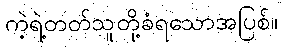
ကဲ့ရဲ့တတ်သူတို့ခံရသောအပြစ်။